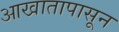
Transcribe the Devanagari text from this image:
आखातापासून